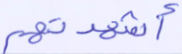
أشهدتهم